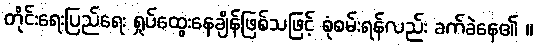
တိုင်းရေးပြည်ရေး ရှုပ်ထွေးနေချိန်ဖြစ်သဖြင့် စုံစမ်းရန်လည်း ခက်ခဲနေ၏ ။